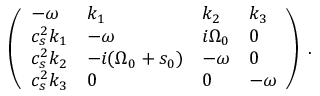
\left( \begin{array} { l l l l } { - { \omega } } & { k _ { 1 } } & { k _ { 2 } } & { k _ { 3 } } \\ { c _ { s } ^ { 2 } k _ { 1 } } & { - { \omega } } & { i { \Omega } _ { 0 } } & { 0 } \\ { c _ { s } ^ { 2 } k _ { 2 } } & { - i ( { \Omega } _ { 0 } + s _ { 0 } ) } & { - { \omega } } & { 0 } \\ { c _ { s } ^ { 2 } k _ { 3 } } & { 0 } & { 0 } & { - { \omega } } \end{array} \right) \; .